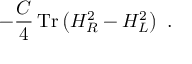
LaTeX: - \frac { C } { 4 } \, \mathrm { T r } \left( H _ { R } ^ { 2 } - H _ { L } ^ { 2 } \right) \ .